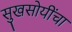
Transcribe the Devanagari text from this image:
सुखसोयींचा